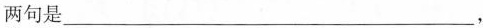
两句是___，